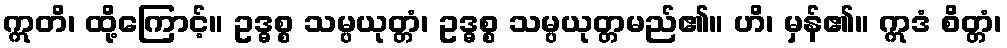
ဣတိ၊ ထို့ကြောင့်။ ဥဒ္ဓစ္စ သမ္ပယုတ္တံ၊ ဥဒ္ဓစ္စ သမ္ပယုတ္တမည်၏။ ဟိ၊ မှန်၏။ ဣဒံ စိတ္တံ၊